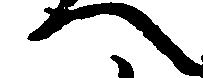
へ